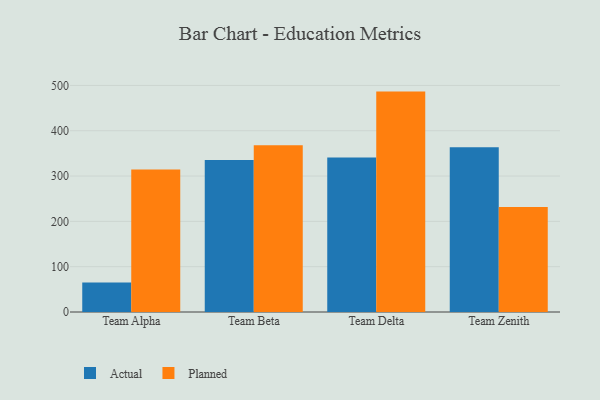
{"axis": {"x": "Team", "y": "Budget (USD K)"}, "legend": ["Actual", "Planned"], "data": [{"x": "Team Alpha", "y": 64.9, "type": "Actual"}, {"x": "Team Alpha", "y": 314.5, "type": "Planned"}, {"x": "Team Beta", "y": 335.3, "type": "Actual"}, {"x": "Team Beta", "y": 367.9, "type": "Planned"}, {"x": "Team Delta", "y": 341.1, "type": "Actual"}, {"x": "Team Delta", "y": 486.4, "type": "Planned"}, {"x": "Team Zenith", "y": 363.4, "type": "Actual"}, {"x": "Team Zenith", "y": 231.7, "type": "Planned"}]}